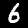
Label: 6